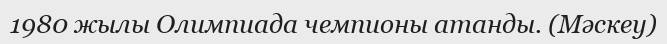
1980 жылы Олимпиада чемпионы атанды. (Мәскеу)